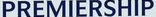
PREMIERSHIP